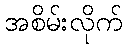
အစိမ်းလိုက်